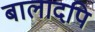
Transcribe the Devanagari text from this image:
बालादपि